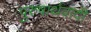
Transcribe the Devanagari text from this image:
पुरुषार्थवादी